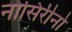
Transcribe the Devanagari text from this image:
नोसिरीनो